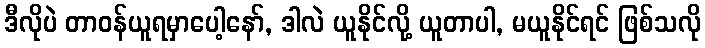
ဒီလိုပဲ တာဝန်ယူရမှာပေါ့နော်, ဒါလဲ ယူနိုင်လို့ ယူတာပါ, မယူနိုင်ရင် ဖြစ်သလို